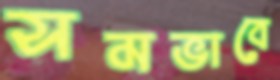
সমভাবে